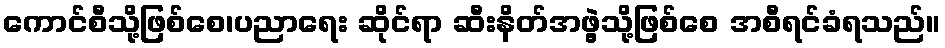
ကောင်စီသို့ဖြစ်စေ၊ပညာရေး ဆိုင်ရာ ဆီးနိတ်အဖွဲ့သို့ဖြစ်စေ အစီရင်ခံရသည်။